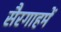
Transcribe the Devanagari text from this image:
सैरगाहमें